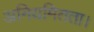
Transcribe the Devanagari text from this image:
अनियमितता।